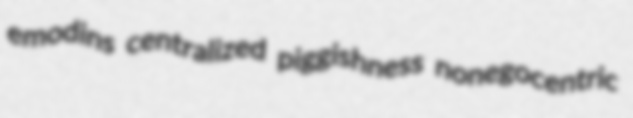
emodins centralized piggishness nonegocentric